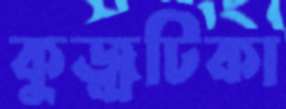
কুজ্‌ঝটিকা